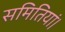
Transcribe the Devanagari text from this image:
समितियां।